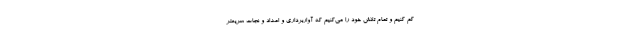
کم کنیم و تمام تلاش خود را می‌کنیم که آواربرداری و امداد و نجات سریعتر